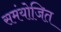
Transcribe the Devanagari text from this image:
समंयोजित